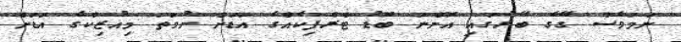
ނަމަވެސް ގޭގެ ބޭރުގައި އޮންނަ ބޮޑު ޓްރެފިކެއްގެ އަޑަށް ނުވަތަ މިއުޒިކްގެ އަޑަށް